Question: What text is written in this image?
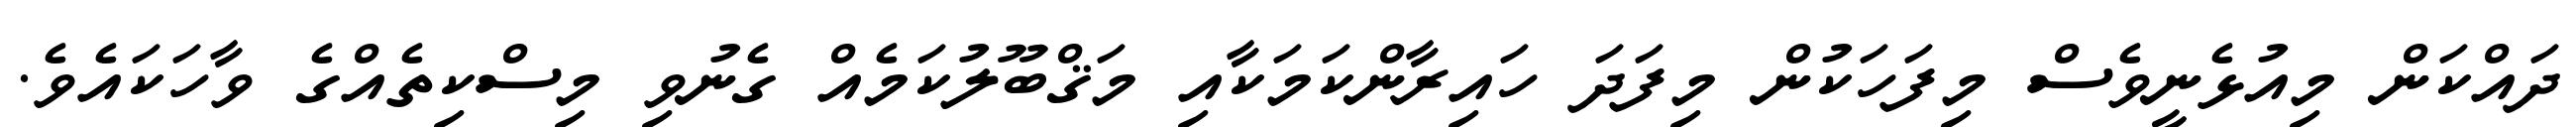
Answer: ދައްކަން މިއުޅެނީވެސް މިފަހަކުން މިފަދަ ހައިރާންކަމަކާއި މަޤްބޫލުކަމެއް ގެނުވި މިސްކިތެއްގެ ވާހަކައެވެ.